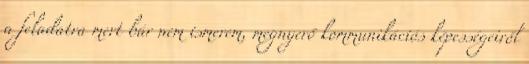
a feladatra mert bár nem ismerem, megnyerő kommunikációs képességeiről